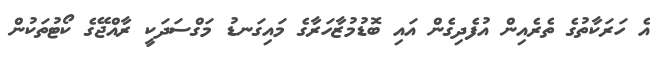
އެ ހަރަކާތުގެ ތެރެއިން އުފެދިގެން އައި ބޮޑުމުޒާހަރާގެ މައިގަނޑު މަގްސަދަކީ ރާއްޖޭގެ ކޯޓުތަކުން